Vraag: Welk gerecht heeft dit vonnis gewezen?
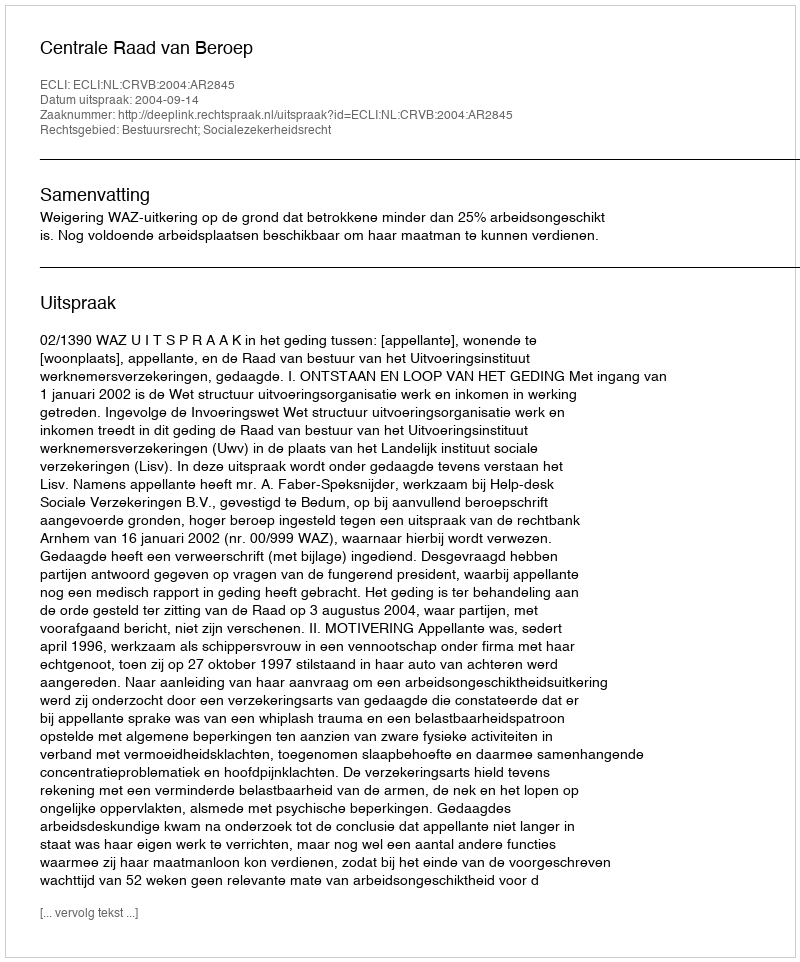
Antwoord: Centrale Raad van Beroep